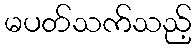
မပတ်သက်သည့်